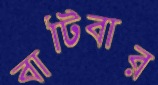
বাটিবার